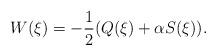
LaTeX: \begin{align*}W(\xi)=-\frac{1}{2}(Q(\xi) + \alpha S(\xi)).\end{align*}